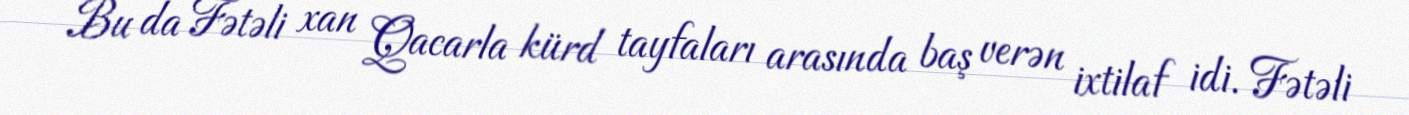
Bu da Fətəli xan Qacarla kürd tayfaları arasında baş verən ixtilaf idi. Fətəli